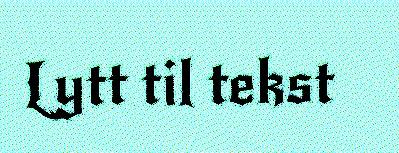
Lytt til tekst